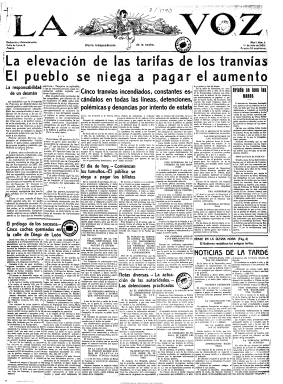
Título: La Voz (Madrid)
Colección: Periódicos
Ámbito geográfico: Madrid
Lugar de publicación: Madrid
Fechas: 01/07/1920-27/03/1939

Poco después de fundar la Editorial Calpe, que más tarde absorbería a Espasa, la empresa El Sol, C.A., de José Nicolás de Urgoiti, fundará este periódico dirigido a las clases populares para así disponer de un tanden a la americana con el matutino y prestigioso diario El sol, que venía editando desde 1917. La voz será “diario independiente de la noche”, cuyo primer número aparece el uno de julio de 1920, declarándose, asimismo, liberal. Junto a su compañero matutino empresarial se mostrará fervoroso con la Dictadura de Primo de Rivera y mostrará una acerada hostilidad al gobierno Berenguer. Con la venta de Urgoiti de su empresa editorial y coincidiendo con las vísperas de la proclamación de la II República Española, La voz –al igual que El sol- serán diarios monárquicos que, seguidamente, se alinearán con el republicanismo moderado, llegando en 1932 a adscribirse al azañismo. En 1934 será adquirido por la nueva compañía Editorial Española.

Competirá fuertemente con el republicano Heraldo de Madrid y estará enfrentado al monárquico Abc, llegando sus directores y periodistas hasta los desafíos personales. Con el mismo talante progresista y los mismos principios políticos que El sol –con el que compartía redactores y colaboradores-, La voz será un vespertino popular que, no siendo sensacionalista y estando bien escrito, ocupó el primer puesto en la venta callejera, alcanzando en 1930 los 130.000 ejemplares, casi la mitad de ellos en provincias, con notas editoriales breves y ligeras y dedicando gran atención a los sucesos o a los toros y una sección diaria dedicada al movimiento obrero. Muy ilustrado, su viñeta diaria en primera se debía a la pluma de Manuel Tovar y Alfonso fue uno de sus principales fotógrafos. Siendo un diario de información política y de noticias nacionales, de provincias y extranjeras, publicó también el tradicional folletín, y obtuvo importantes ganancias por los anuncios y la publicidad.

Estuvo dirigido por el periodista granadino Enrique Fajardo, conocido como Fabián Vidal, y su redactor jefe será Manuel Bueno, que será reemplazado por Benito Artigas Arpón en 1931, cuando el diario cambie de manos empresariales. En su excelente nómina de redactores y colaboradores se encontraron Luis Araquistain; Tomás Borrás, encargado de la crítica teatral y cinematográfica; Enrique Díaz-Canedo, de la literaria; Nilo Fabra, con el seudónimo El espectador, de la de tribunales; Ángel Galarza, con el de Modestino,  de la municipal y judicial; Maximiliano Clavo, con el de Corinto y oro, de la taurina; Ricardo Gutiérrez Abascal, con el de Juan de la Encina, de la crítica de arte. José Joaquín Sanchís Zabalza fue el encargado de la sección de economía y finanzas y Andrea Mersae fue su corresponsal en París. En su nómina también estuvieron Luis Bello, Eduardo Gómez de Baquero (Andrenio), Luis Blanco Soria, Antonio Cacho Zabala, Alberto Insúa, Antonio Botín e Irene Falcón, así como Ortega, Maeztu o Pérez de Ayala. Muchos de ellos ocuparían puestos políticos en el gobierno republicano.

La voz tuvo que suplir en algunos momentos a El sol cuando este fue suspendido, editando incluso ediciones matutinas, y en 1937 incluirá los jueves El mono azul. Los talleres de La voz, que compartía con El sol, fueron confiscados en 1939 por Falange para editar su periódico Arriba.